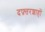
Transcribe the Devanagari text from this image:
दफ़्तरशाहों